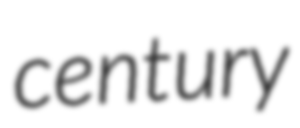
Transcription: century